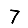
Digit: 7